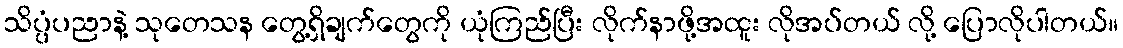
သိပ္ပံပညာနဲ့ သုတေသန တွေ့ရှိချက်တွေကို ယုံကြည်ပြီး လိုက်နာဖို့အထူး လိုအပ်တယ် လို့ ပြောလိုပါတယ်။